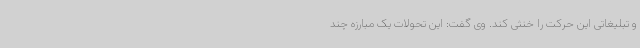
و تبلیغاتی این حرکت را خنثی کند. وی گفت: این تحولات یک مبارزه چند